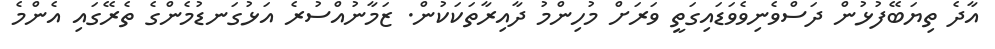
އާދެ ތިޔަބޭފުޅުން ދަސްވެނިވެވަޑައިގަތީ ވަރަށް މުހިންމު ދާއިރާތަކަކުން. ޒަމާނުއްސުރެ އަޅުގަނޑުމެންގެ ތެރޭގައި އެންމެ